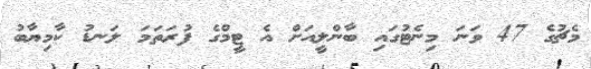
މެޗުގެ 47 ވަނަ މިނެޓުގައި ބާންލީއަށް އެ ޓީމްގެ ފުރަތަމަ ލަނޑު ކާމިޔާބު